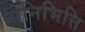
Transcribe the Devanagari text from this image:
योनिभित्ति